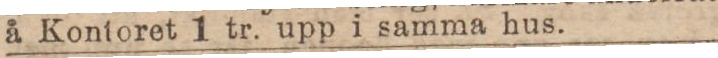
å Kontoret 1 tr. upp i samma hus.